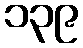
၁၃၉